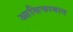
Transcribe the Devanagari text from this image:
आसिफाबाद